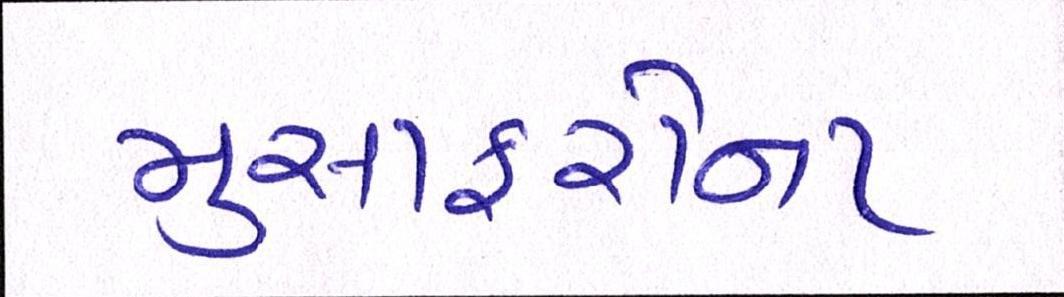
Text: મુસાફરોના